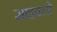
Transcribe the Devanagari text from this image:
साइक्लो